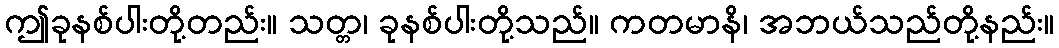
ဤခုနစ်ပါးတို့တည်း။ သတ္တ၊ ခုနစ်ပါးတို့သည်။ ကတမာနိ၊ အဘယ်သည်တို့နည်း။